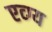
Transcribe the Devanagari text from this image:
एव्ग्य